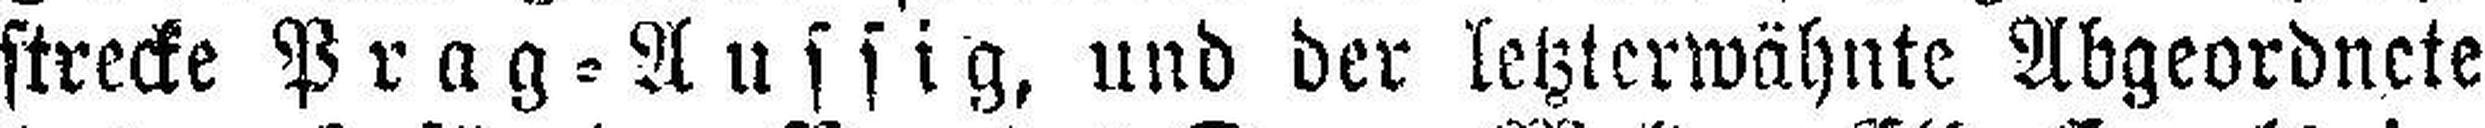
strecke Prag=Aussig, und der letzterwähnte Abgeordnete